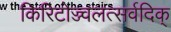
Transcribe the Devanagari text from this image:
किरिटोज्ज्वलत्सर्वदिक्‌